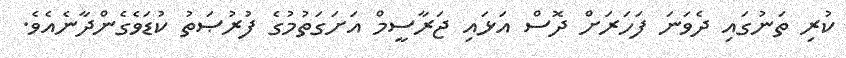
ކުރި ތަނުގައި ދެވަނަ ފަހަރަށް ދޮސް އަޅައި ޖަރާސީމް އަށަގަތުމުގެ ފުރުޞަތު ކުޑަވެގެންދާނެއެވެ.